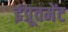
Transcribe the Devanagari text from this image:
इंप्रूवमेंट